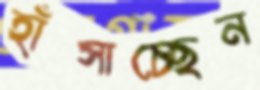
হাঁসাচ্ছেন